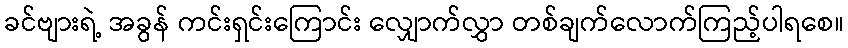
ခင်ဗျားရဲ့ အခွန် ကင်းရှင်းကြောင်း လျှောက်လွှာ တစ်ချက်လောက်ကြည့်ပါရစေ။